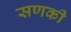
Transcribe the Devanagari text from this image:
सणकी